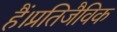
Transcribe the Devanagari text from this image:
हैं।प्रतिजैविक